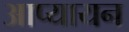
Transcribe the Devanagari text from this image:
आप्यायन